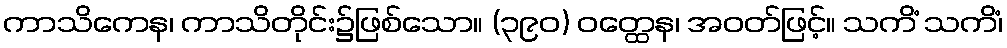
ကာသိကေန၊ ကာသိတိုင်း၌ဖြစ်သော။ (၃၉၀) ဝတ္ထေန၊ အဝတ်ဖြင့်။ သကိံ သကိံ၊